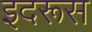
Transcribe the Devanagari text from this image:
इदरूस